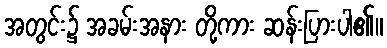
အတွင်း၌ အခမ်းအနား တို့ကား ဆန်းပြားပါ၏။